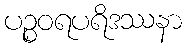
ပဉ္စဝရပရိဒဿနာ